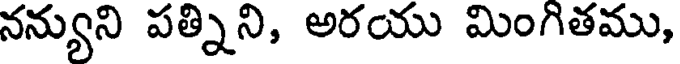
నన్యుని పత్నిని, అరయు మింగితము,